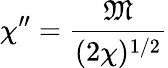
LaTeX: \chi^{\prime\prime}={\frac{\mathfrak{M}}{(2\chi)^{1/2}}}